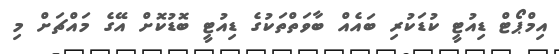
އިމްޕޯޓް ޑިއުޓީ ކުޑަކުރި ބައެއް ބާވަތްތަކުގެ ޑިއުޓީ ބޮޑުކޮށް އޭގެ މައްޗަށް މި